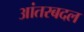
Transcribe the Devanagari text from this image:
आंतरबदल